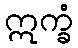
ဣက္ခံ